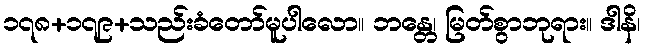
၁၇၈+၁၇၉+သည်းခံတော်မူပါလော။ ဘန္တေ၊ မြတ်စွာဘုရား။ ဒါနိ၊